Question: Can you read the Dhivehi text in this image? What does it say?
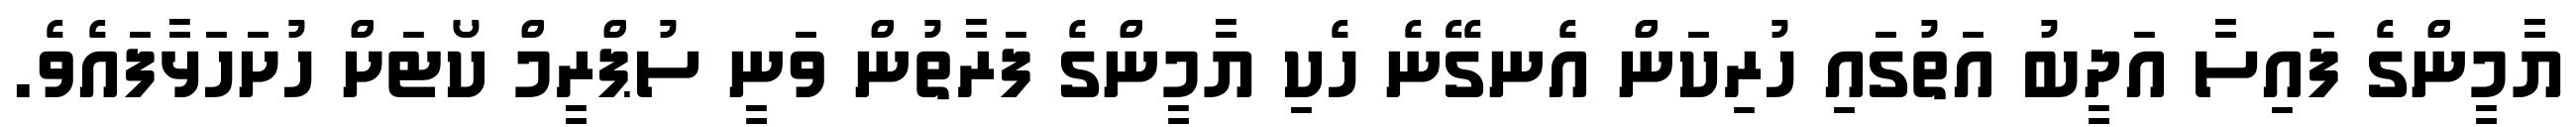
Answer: ޔާމީންގެ ފައިސާ އަދީބު އަތުގައި ހުރިކަން އެނގޭނެ ހެކި ޔާމީންގެ ފަރާތުން ވަނީ ސުޕްރީމް ކޯޓަށް ހުށަހަޅާފައެވެ.